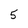
Character: 5